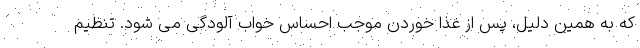
که به همین دلیل، پس از غذا خوردن موجب احساس خواب آلودگی می شود. تنظیم